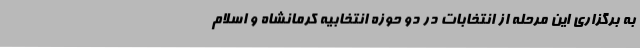
به برگزاری این مرحله از انتخابات در دو حوزه انتخابیه کرمانشاه و اسلام